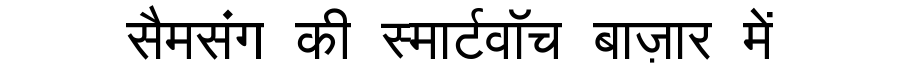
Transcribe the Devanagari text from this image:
सैमसंग की स्मार्टवॉच बाज़ार में